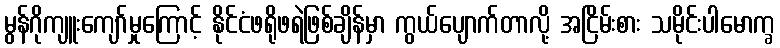
မွန်ဂိုကျူးကျော်မှုကြောင့် နိုင်ငံဖရိုဖရဲဖြစ်ချိန်မှာ ကွယ်ပျောက်တာလို့ အငြိမ်းစား သမိုင်းပါမောက္ခ